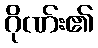
ဂိုဏ်း၏